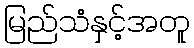
မြည်သံနှင့်အတူ